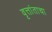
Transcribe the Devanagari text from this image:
वृत्तांताचा